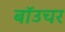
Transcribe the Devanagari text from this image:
बॉउचर